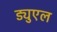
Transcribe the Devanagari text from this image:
ड्युएल